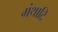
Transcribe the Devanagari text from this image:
ग्रंथादि